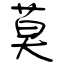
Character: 莫